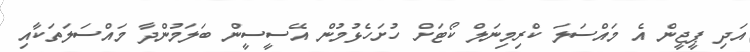
އަދި ޕީޖީން އެ މައްސަލަ ކްރިމިނަލް ކޯޓަށް ހުށަހެޅުމުން އޭސީސީން ބަލަމުންދާ މައްސަލަތަކާއި